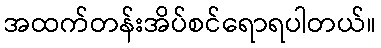
အထက်တန်းအိပ်စင်ရောရပါတယ်။